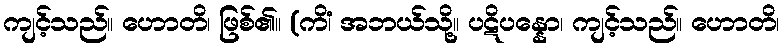
ကျင့်သည်။ ဟောတိ၊ ဖြစ်၏။ (ကိံ၊ အဘယ်သို့။ ပဋိပန္နော၊ ကျင့်သည်။ ဟောတိ၊